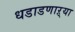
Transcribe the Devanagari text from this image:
धडाडणाऱ्या